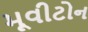
મૂવીટોન